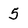
Character: 5